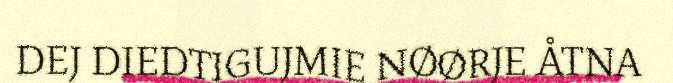
DEJ DIEDTIGUJMIE NØØRJE ÅTNA